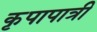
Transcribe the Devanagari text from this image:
कृपापात्री